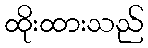
ထိုးထားသည်